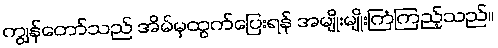
ကျွန်တော်သည် အိမ်မှထွက်ပြေးရန် အမျိုးမျိုးကြံကြည့်သည်။